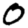
Digit: 0